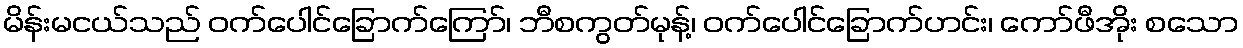
မိန်းမငယ်သည် ဝက်ပေါင်ခြောက်ကြော်၊ ဘီစကွတ်မုန့်၊ ဝက်ပေါင်ခြောက်ဟင်း၊ ကော်ဖီအိုး စသော